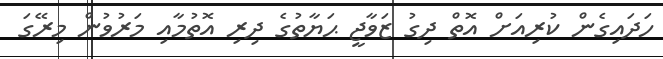
ހަދައިގެން ކުރިއަށް އޮތް ދިގު ޒަވާޖީ ޙަޔާތުގެ ދިރި އޮތުމާއި މަރުވުން މިރޭގަ